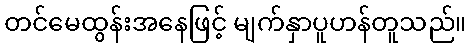
တင်မေထွန်းအနေဖြင့် မျက်နှာပူဟန်တူသည်။